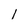
Character: l